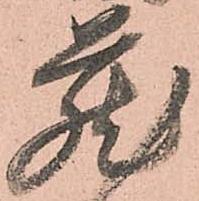
蔵